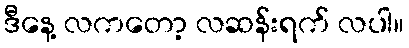
ဒီနေ့ လကတော့ လဆန်းရက် လပါ။